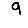
Digit: 9